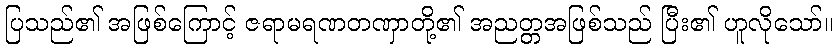
ပြသည်၏ အဖြစ်ကြောင့် ဇရာမရဏတဏှာတို့၏ အညတ္တအဖြစ်သည် ပြီး၏ ဟူလိုသော်။